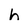
Character: h